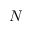
N